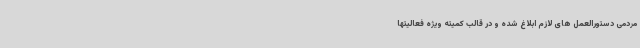
مردمی دستورالعمل های لازم ابلاغ شده و در قالب کمیته ویژه فعالیتها